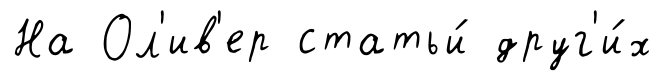
На Ол'ив'ер статьи́ друг'и́х